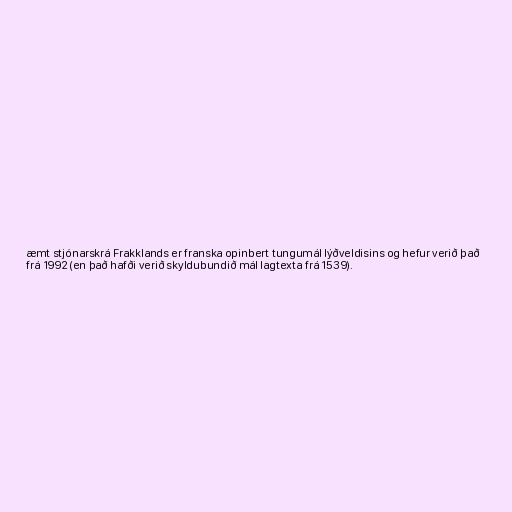
æmt stjónarskrá Frakklands er franska opinbert tungumál lýðveldisins og hefur verið það
frá 1992 (en það hafði verið skyldubundið mál lagtexta frá 1539).